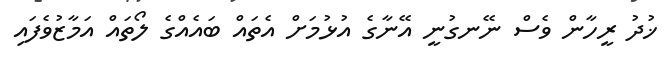
ޚުދު ރީހާން ވެސް ނޭނގުނީ އޭނާގެ އުޅުމަށް އެތައް ބައެއްގެ ލޯތައް އަމާޒުވެފައި